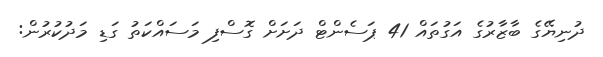
ދުނިޔޭގެ ބާޒާރުގެ އަގުތައް 41 ޕަސެންޓް ދަށަށް ގޮސްފި މަސައްކަތު ގަޑި މަދުކުރުން: